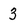
Character: 3